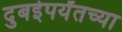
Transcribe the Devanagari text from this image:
दुबईपर्यंतच्या